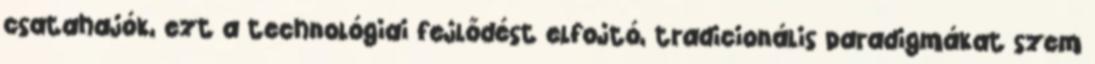
csatahajók, ezt a technológiai fejlődést elfojtó, tradicionális paradigmákat szem